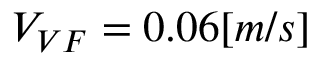
V _ { V F } = 0 . 0 6 [ m / s ]